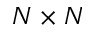
N \times N